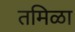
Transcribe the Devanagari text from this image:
तमिळा